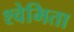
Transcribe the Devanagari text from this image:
श्वेमिता